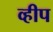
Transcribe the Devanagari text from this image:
व्हीप